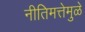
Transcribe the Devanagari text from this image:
नीतिमत्तेमुळे